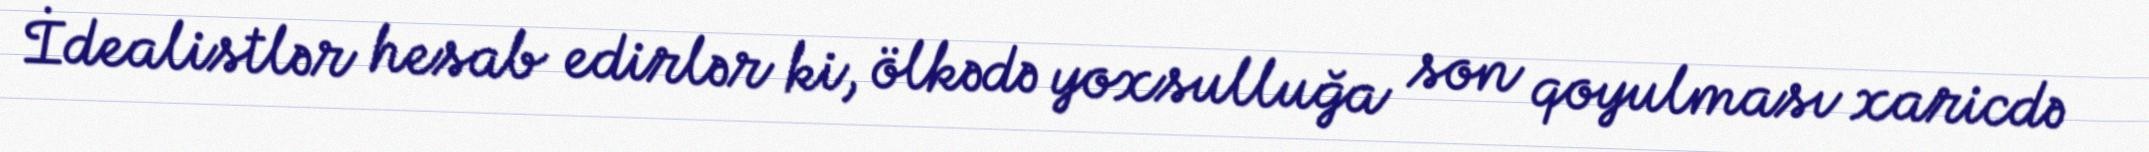
İdealistlər hesab edirlər ki, ölkədə yoxsulluğa son qoyulması xaricdə